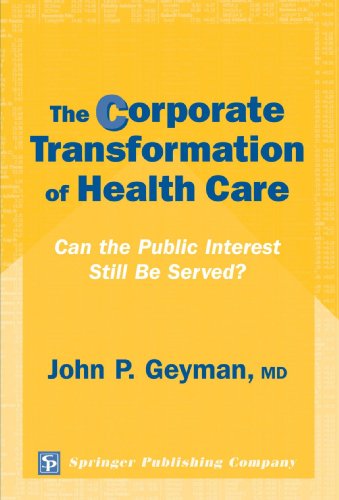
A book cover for The Corporate Transformation of Health Care: Can the Public Interest Still Be Served?; John P. Geyman MD; Medical Books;